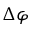
\Delta \varphi